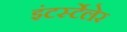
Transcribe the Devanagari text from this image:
इंटर्स्टेलेर